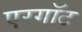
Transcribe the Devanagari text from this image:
एरगॉट